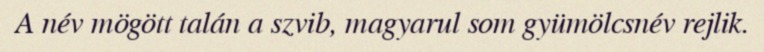
A név mögött talán a szvib, magyarul som gyümölcsnév rejlik.